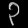
Digit: ၃